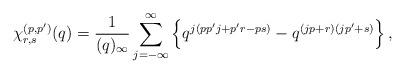
LaTeX: \begin{align*}\chi^{(p,p')}_{r,s}(q)=\frac{1}{(q)_{\infty}}\sum_{j=-\infty}^{\infty} \left\{q^{j(pp'j+p'r-ps)}-q^{(jp+r)(jp'+s)} \right\},\end{align*}